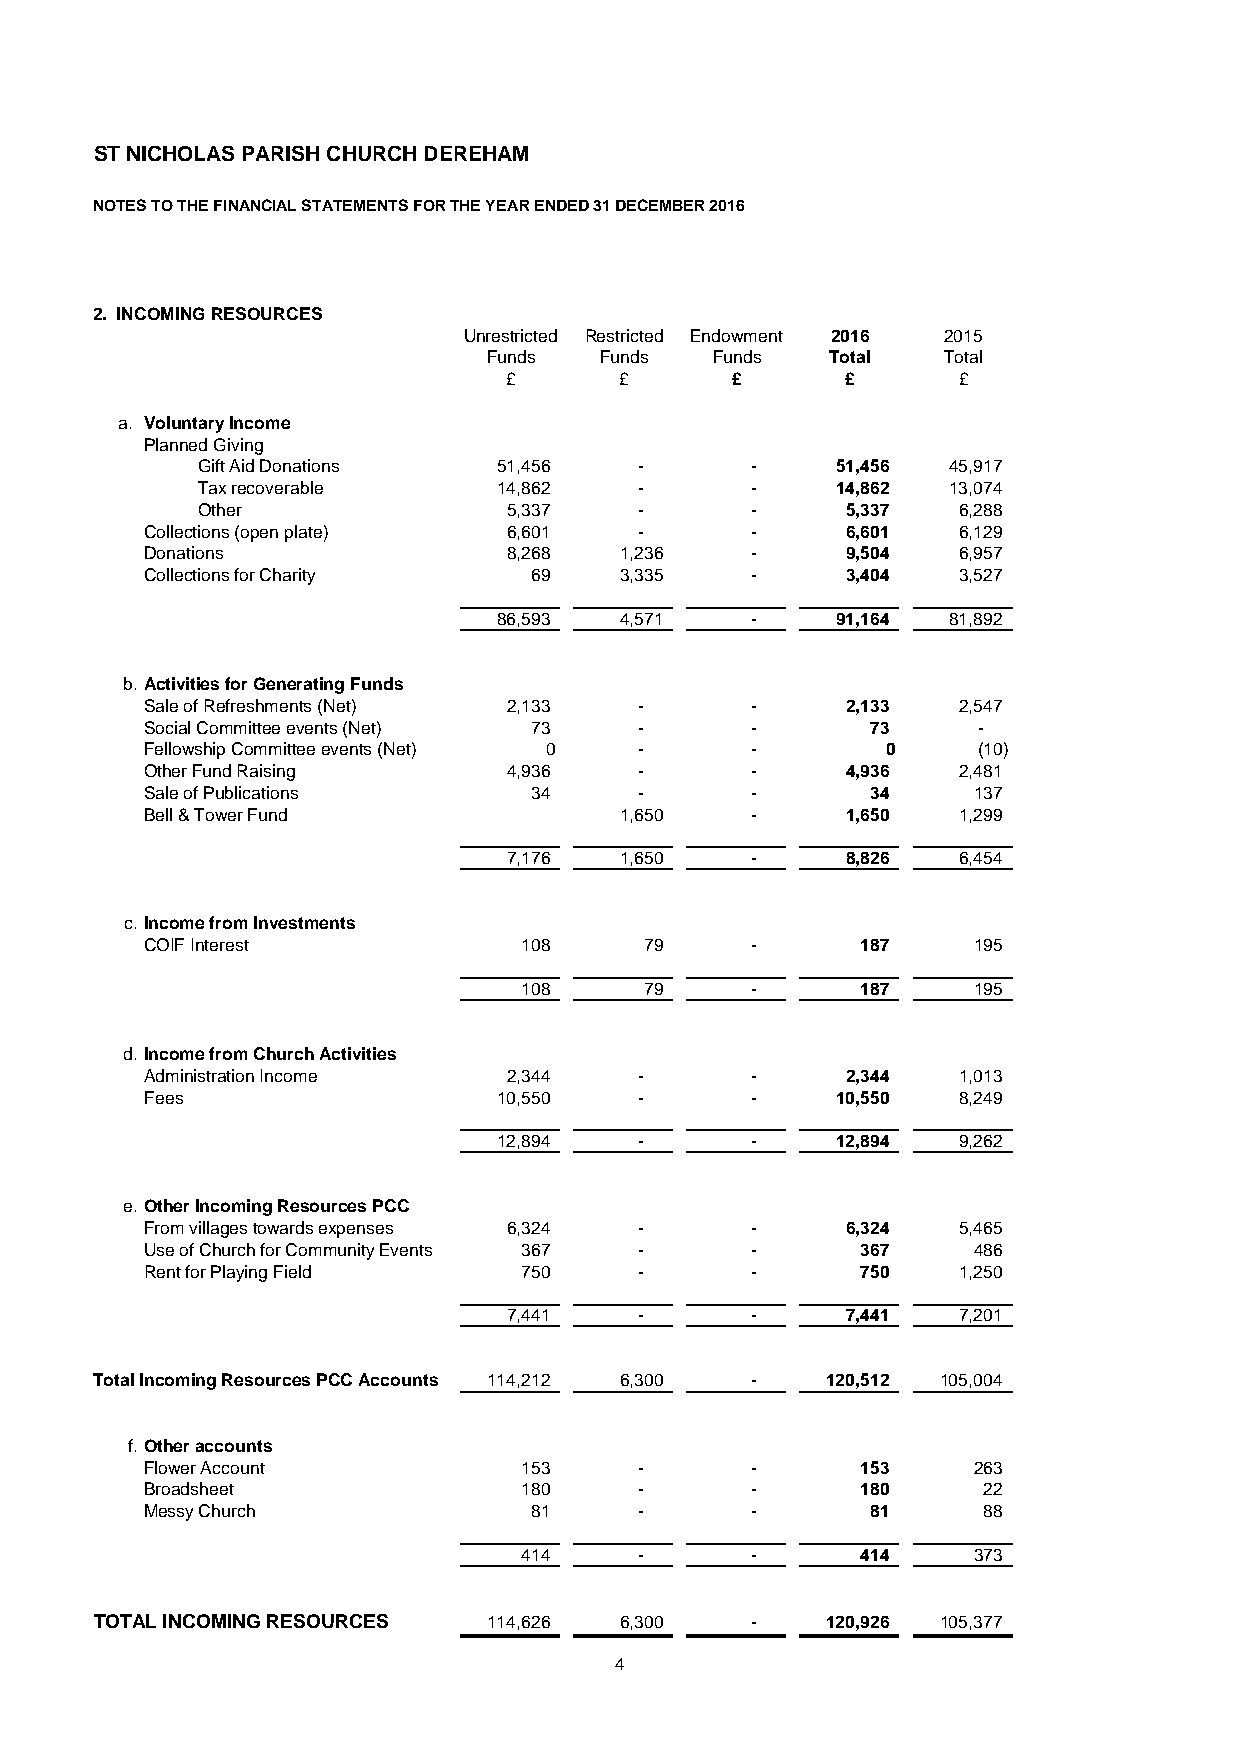
ST NICHOLAS PARISH CHURCH DEREHAM
 NOTES TO THE FINANCIAL STATEMENTS FOR THE YEAR ENDED 31 DECEMBER 2016
 2. INCOMING RESOURCES
 Unrestricted Restricted Endowment 2016 2015
 Funds   Funds  Funds   Total  Total
 £       £      £       £      £
 a. Voluntary Income
 Planned Giving
 Gift Aid Donations  51,456   -       -    51,456  45,917
 Tax recoverable     14,862   -       -    14,862  13,074
 Other                5,337   -       -     5,337  6,288
 Collections (open plate) 6,601  -       -     6,601  6,129
 Donations               8,268  1,236    -     9,504  6,957
 Collections for Charity  6 9   3,335    -     3,404  3,527
 86,593  4,571    -    91,164  81,892
 b. Activities for Generating Funds
 Sale of Refreshments (Net) 2,133 -      -     2,133  2,547
 Social Committee events (Net) 7 3 -     -       7 3    -
 Fellowship Committee events (Net) 0 -   -        0     (10)
 Other Fund Raising      4,936   -       -     4,936  2,481
 Sale of Publications     3 4    -       -       3 4   137
 Bell & Tower Fund              1,650    -     1,650  1,299
 7,176  1,650    -     8,826  6,454
 c. Income from Investments
 COIF Interest           108      7 9    -      187    195
 108      7 9    -      187    195
 d. Income from Church Activities
 Administration Income   2,344   -       -     2,344  1,013
 Fees                   10,550   -       -    10,550  8,249
 12,894   -       -    12,894  9,262
 e. Other Incoming Resources PCC
 From villages towards expenses 6,324 -  -     6,324  5,465
 Use of Church for Community Events 367 - -     367    486
 Rent for Playing Field  750     -       -      750   1,250
 7,441   -       -     7,441  7,201
 Total Incoming Resources PCC Accounts 114,212 6,300 - 120,512 105,004
 f. Other accounts
 Flower Account          153     -       -      153    263
 Broadsheet              180     -       -      180     2 2
 Messy Church             8 1    -       -       8 1    8 8
 414     -       -      414    373
 TOTAL INCOMING RESOURCES  114,626  6,300    -    120,926 105,377
 4